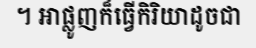
។ អាផ្លូញក៏ធ្វើកិរិយាដូចជា